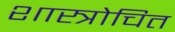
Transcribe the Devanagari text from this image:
शास्त्रोचित